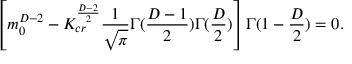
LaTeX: \left[ m _ { 0 } ^ { D - 2 } - K _ { c r } ^ { \frac { D - 2 } { 2 } } \frac { 1 } { \sqrt { \pi } } \Gamma ( \frac { D - 1 } { 2 } ) \Gamma ( \frac { D } { 2 } ) \right] \Gamma ( 1 - \frac { D } { 2 } ) = 0 .